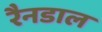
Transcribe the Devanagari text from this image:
रैनडाल